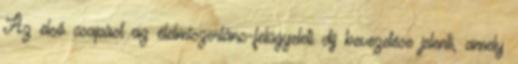
Az első csapást az élelmiszerlánc-felügyeleti díj bevezetése jelenti, amely